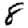
Digit: 8